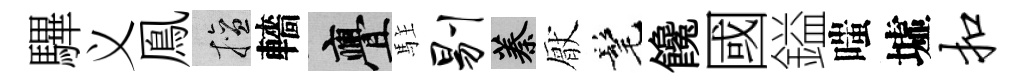
驆义鳯擅轖亹駐剔蓁厭髦饞國鎰嗤墟扣